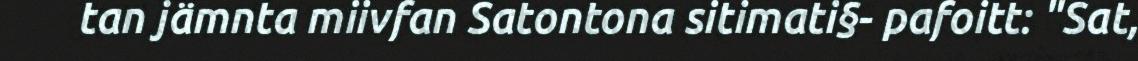
tan jämnta miivfan Satontona sitimati§- pafoitt: "Sat,